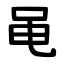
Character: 黾